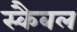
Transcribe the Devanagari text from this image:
स्कैबल